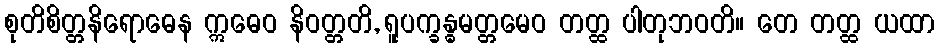
စုတိစိတ္တနိရောဓေန ဣဓေဝ နိဝတ္တတိ, ရူပက္ခန္ဓမတ္တမေဝ တတ္ထ ပါတုဘဝတိ။ တေ တတ္ထ ယထာ